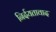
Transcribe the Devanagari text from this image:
निर्दयतावाद